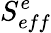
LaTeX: S_{eff}^{e}